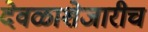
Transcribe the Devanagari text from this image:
देवळाशेजारीच